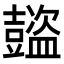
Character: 𧰕